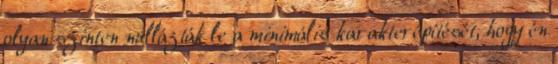
olyan szinten nullázták le a minimális karakterépítését, hogy én